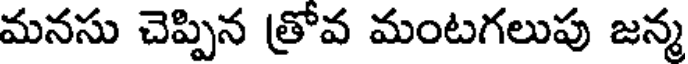
మనసు చెప్పిన త్రోవ మంటగలుపు జన్మ